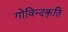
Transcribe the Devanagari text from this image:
गोविन्दकृति